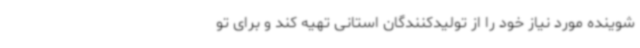
شوینده مورد نیاز خود را از تولیدکنندگان استانی تهیه کند و برای تو